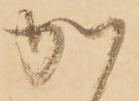
か